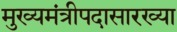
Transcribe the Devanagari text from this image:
मुख्यमंत्रीपदासारख्या